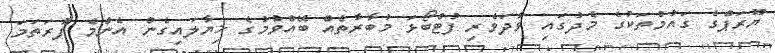
ޔޫރަޕްގެ ގައުމުތަކުގެ މެދުގައި ވާދަވެރި ފުޓްބޯޅަ މުބާރާތެއް ބޭއްވުމުގެ ޚިޔާލައިގެން އެންމެ ފުރަތަަމަ